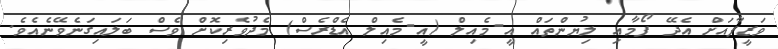
ވަޒީފާއަށް އެދޭ ފޯމާއި ލިޔުންތައް އީ-މެއިލް (އީ-މެއިލް އެޑްރެސް) މެދުވެރިކޮށް ވެސް ބަލައިގަނެވޭނެއެވެ.